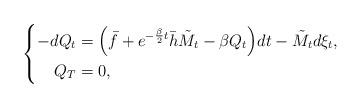
LaTeX: \begin{align*}\left\{\begin{aligned}-dQ_t&=\Big(\bar{f}+e^{-\frac{\beta}{2}t}\bar{h}\tilde{M}_t-\beta Q_t\Big)dt-\tilde{M}_td\xi_t,\\ Q_T&=0,\end{aligned}\right.\end{align*}